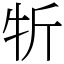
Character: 㸫